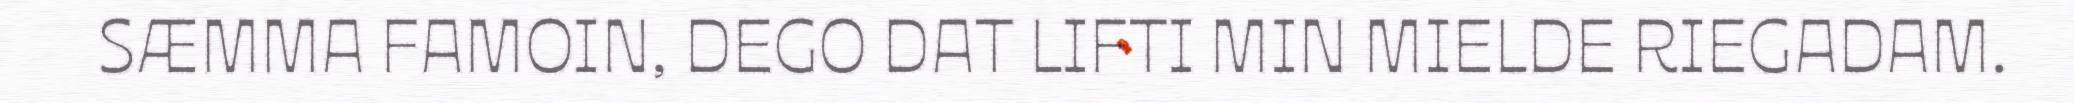
SÆMMA FAMOIN, DEGO DAT LIFTI MIN MIELDE RIEGADAM.